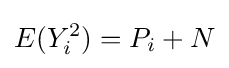
E(Y_{i}^{2})=P_{i}+N\,\!